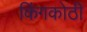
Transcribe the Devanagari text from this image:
किंगकोठी